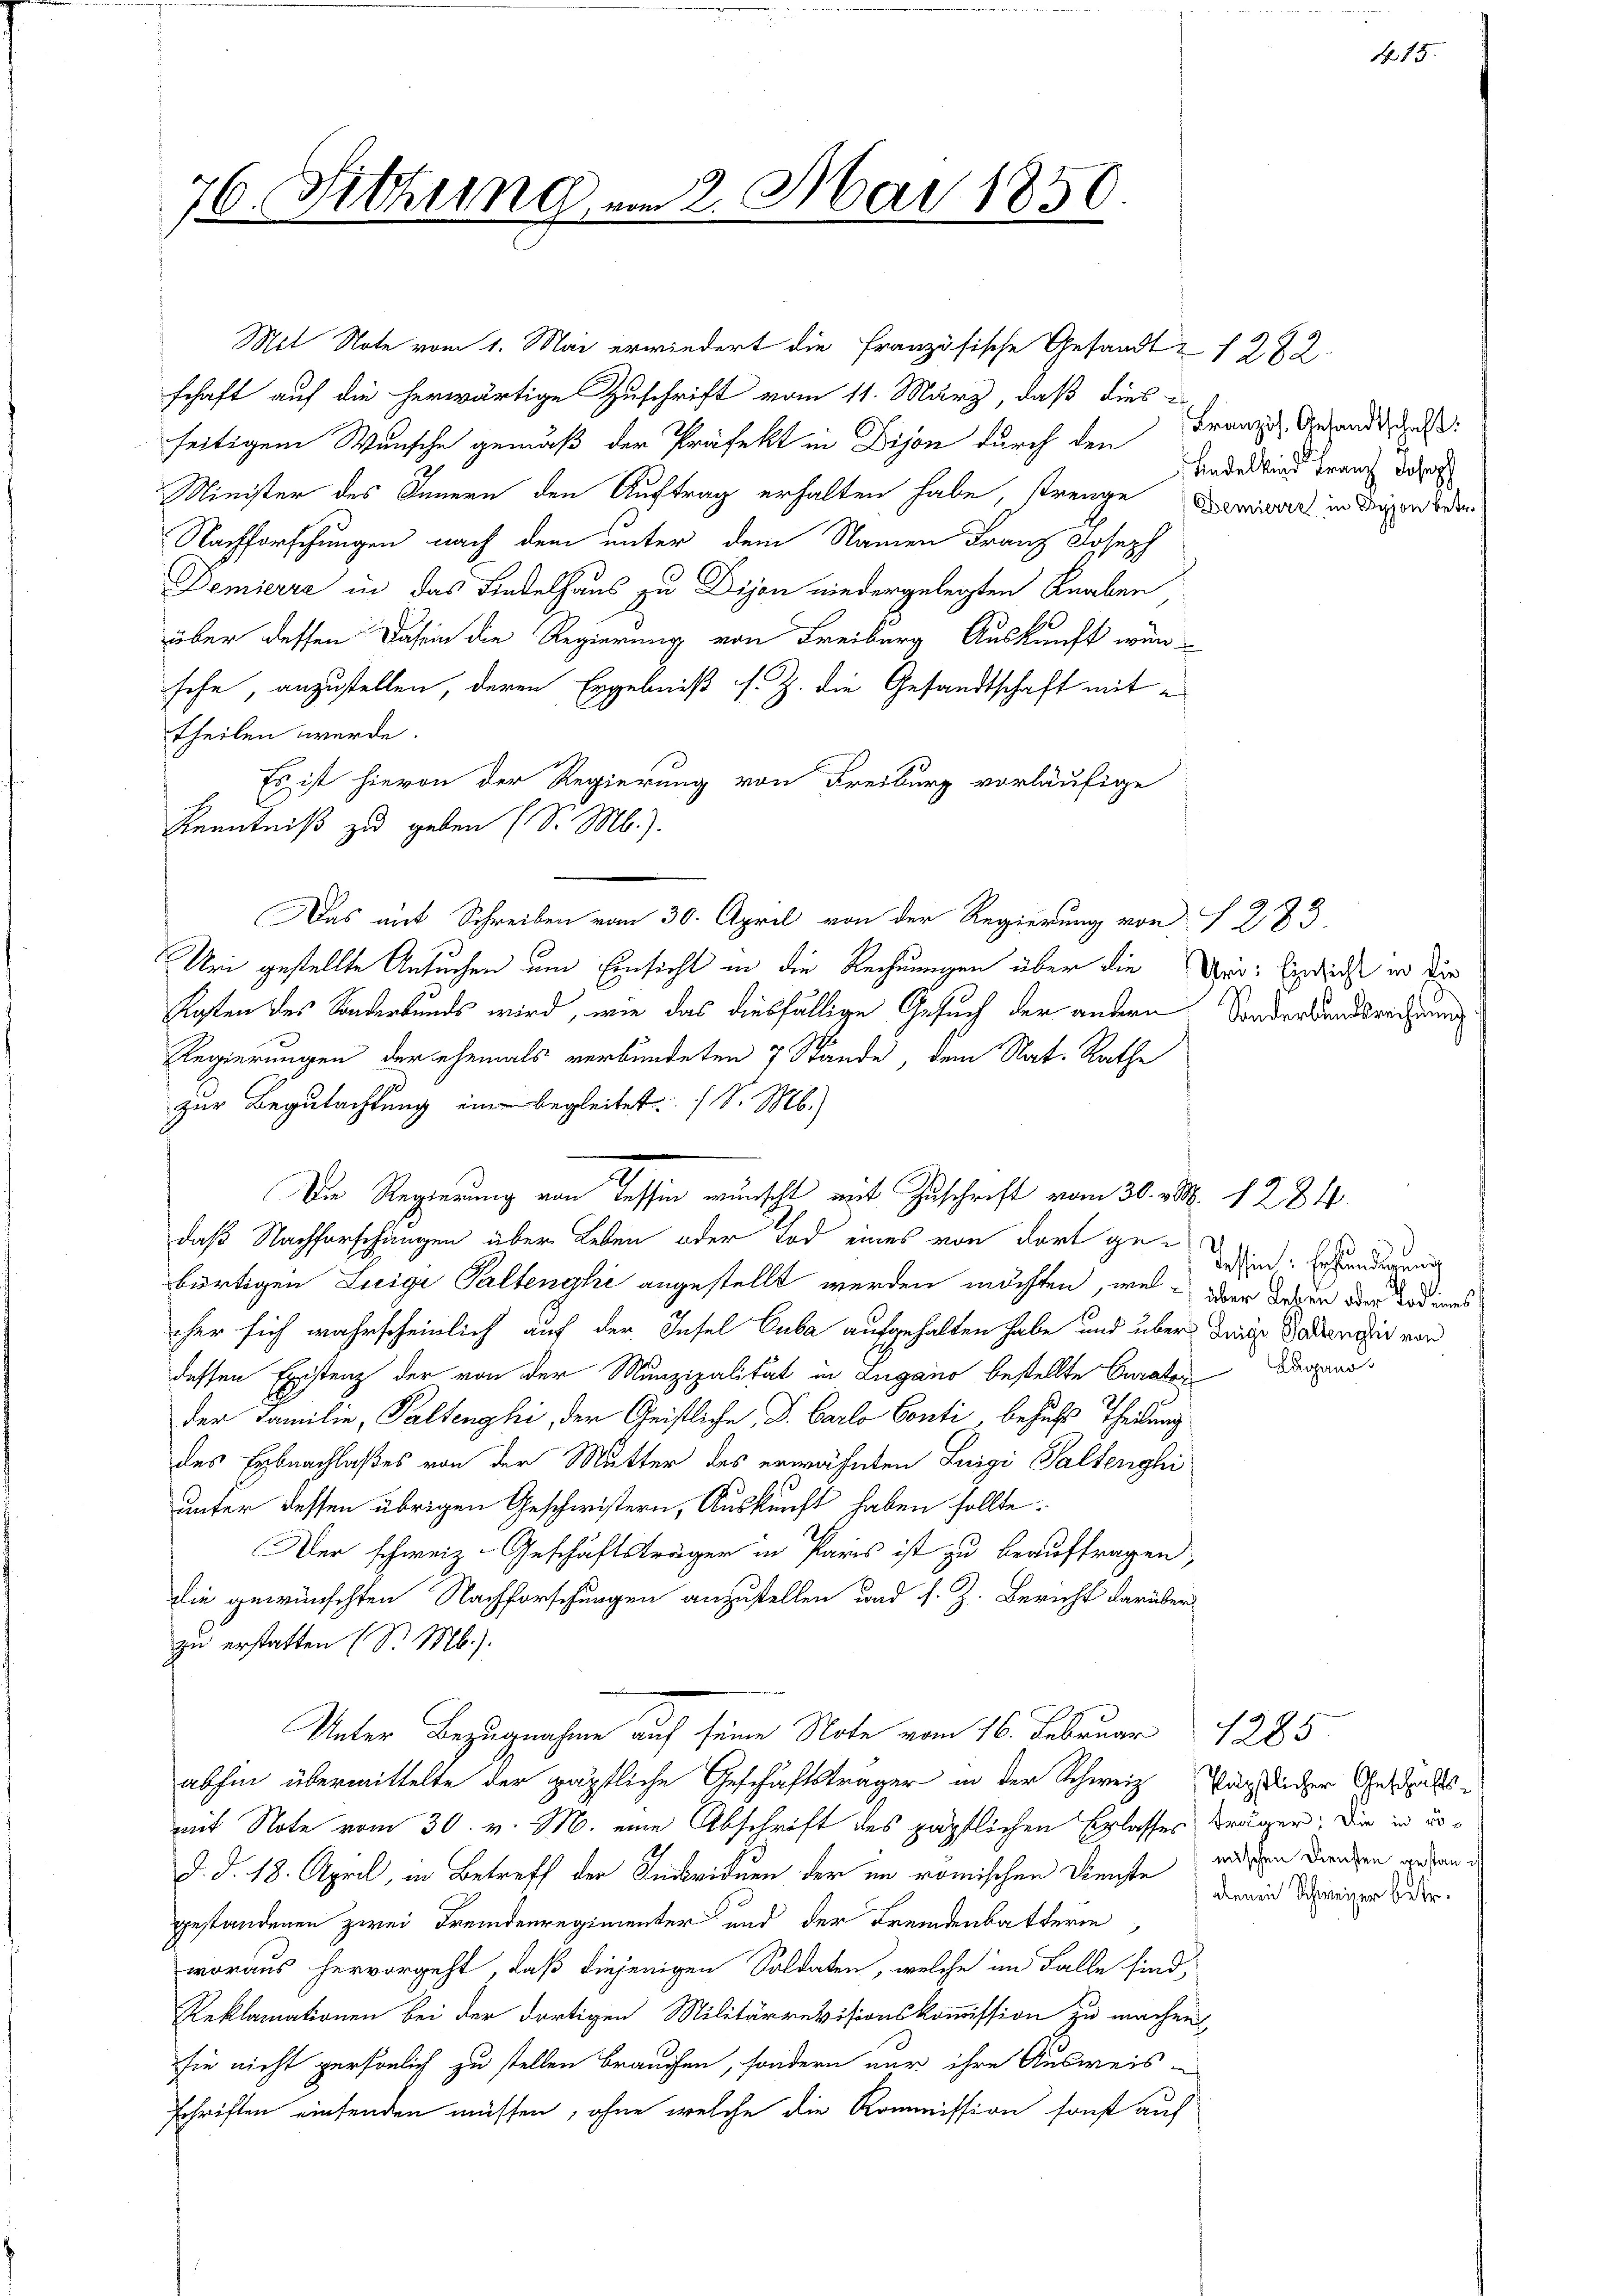
76. Sitzung

Mit Note vom 1. Mai erwiedert die Französische Gesandt & 1282
schaft auf die herwärtige Zuschrift vom 11. März, daß dies -
seitigem Wunsche gemäß der Präfekt in Dijon durch den Franz. Gesandtschaf
Minister des Innern den Auftrag erhalten habe, strenge Danach in diesen oder
Nachforschungen nach dem unter dem Namen Franz Joseph
Demierre in das Lindelhaus zu Dijon niedergelegten Knaben
über dessen Dasein die Regierung von Freiburg Auskunft würsehe, anzustellen, deren Ergebniß s. Z. die Gesandtschaft mit
theilen werde.
Es ist hievon der Regierung von Freiburg vorläufige
Kenntniß zu geben (S. M.).
Das auf Schreiben vom 30. April von der Regierung von § 283.
Uri gestellte Ansuchen um Einsicht in die Rechnungen über die Uri: Eindricht er der
Kegten des Sonderkunds wird, wie das diesfällige Gesuch der andern Sonderbandsrechnung
Regierungen der ehemals verbundeten 7 Stände, dem Nat. Rathe
zur Begutachtung eine begleitet (S. M.)
daß Nachforschungen über Leben oder Tod eines von dort gebürtigen Luigi Paltenghi angestellt werden möchten, wel der Tagen der Tod eines
her sich wahrscheinlich auf der Insel Cuba aufgehalten habe und über diese Stadtmair vor
dessen Existenz der von der Munzipalität in Lugano bestellte Curator
der Familie, Paltenghi, der Geistliche Dr. Carlo Conti, besuchs Theilung
des Erbnachlaßes von der Mutter des erwähnten Luigi Saltenghi
unter dessen übrigen Geschwistern, Auskunft haben sollte.
Der schweiz. Geschäftsträger in Paris ist zu beauftragen,
die gewünschten Nachforschungen anzustellen und s. Z. Bericht darüber
zu erstatten (S. Mb.).
Unter Bezugnahme auf seine Note vom 16. Februar 1285.
abhin übermittelte der päpstliche Geschäftsträger in der Schweiz Pärtlicher Gestaltsmit Note vom 30. v. M. eine Abschrift des päpstlichen Erlasses Brüger: Die in erd. d. 18. April, in Betreff der Anbriduen der im römischen Dienste wissen Drangen gehen d
gestandenen zwei Fremdenregimenter und der Fremdenbatterin
woraus hervorgeht, daß diejenigen Soldaten, welche im Falle sind,
Reklamationen bei der dortigen Militärrevisionskommission zu machen
sie nicht persönlich zu stellen brauchen, sondern nur ihre Ausweis-
schriften einsenden müssen, ohne welche die Kommission sonst auf

2. Mai 1856

Die Regierung von Tessin wünscht mit Zuschrift vom 30. v. 1284.

Tadelkind Franz Joseph

Tessin, Erhändigung
Luganos

N. 13.

obenen Schweizer betr.